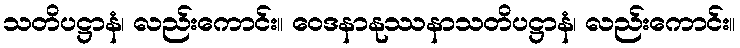
သတိပဋ္ဌာနံ၊ လည်းကောင်း။ ဝေဒနာနုဿနာသတိပဋ္ဌာနံ၊ လည်းကောင်း။